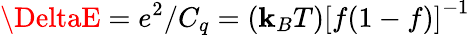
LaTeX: \DeltaE=e^{2}/C_{q}=\left(\mathbf{k}_{B}T\right)\left[f(1-f)\right]^{-1}